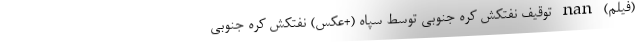
(فیلم) nan توقیف نفتکش کره جنوبی توسط سپاه (+عکس) نفتکش کره جنوبی